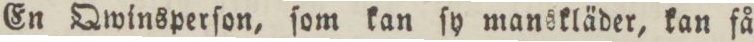
En Qwinsperſon, ſom kan ſy manskläder, kan få